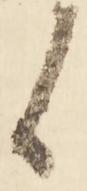
候